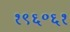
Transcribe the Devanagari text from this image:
१९६॰६१